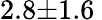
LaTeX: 2.8{\pm}1.6\